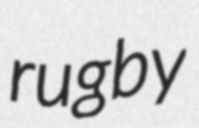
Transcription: rugby